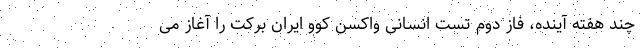
چند هفته آینده، فاز دوم تست انسانی واکسن کوو ایران برکت را آغاز می